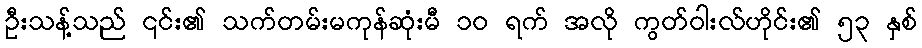
ဦးသန့်သည် ၎င်း၏ သက်တမ်းမကုန်ဆုံးမီ ၁၀ ရက် အလို ကွတ်ဝါးလ်ဟိုင်း၏ ၅၃ နှစ်